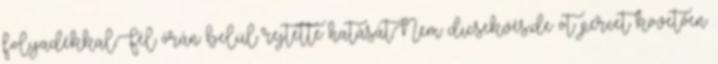
folyadékkal.Fél órán belül rejtette hatását.Nem dicsekvés,de öt percet követően